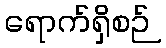
ရောက်ရှိစဉ်